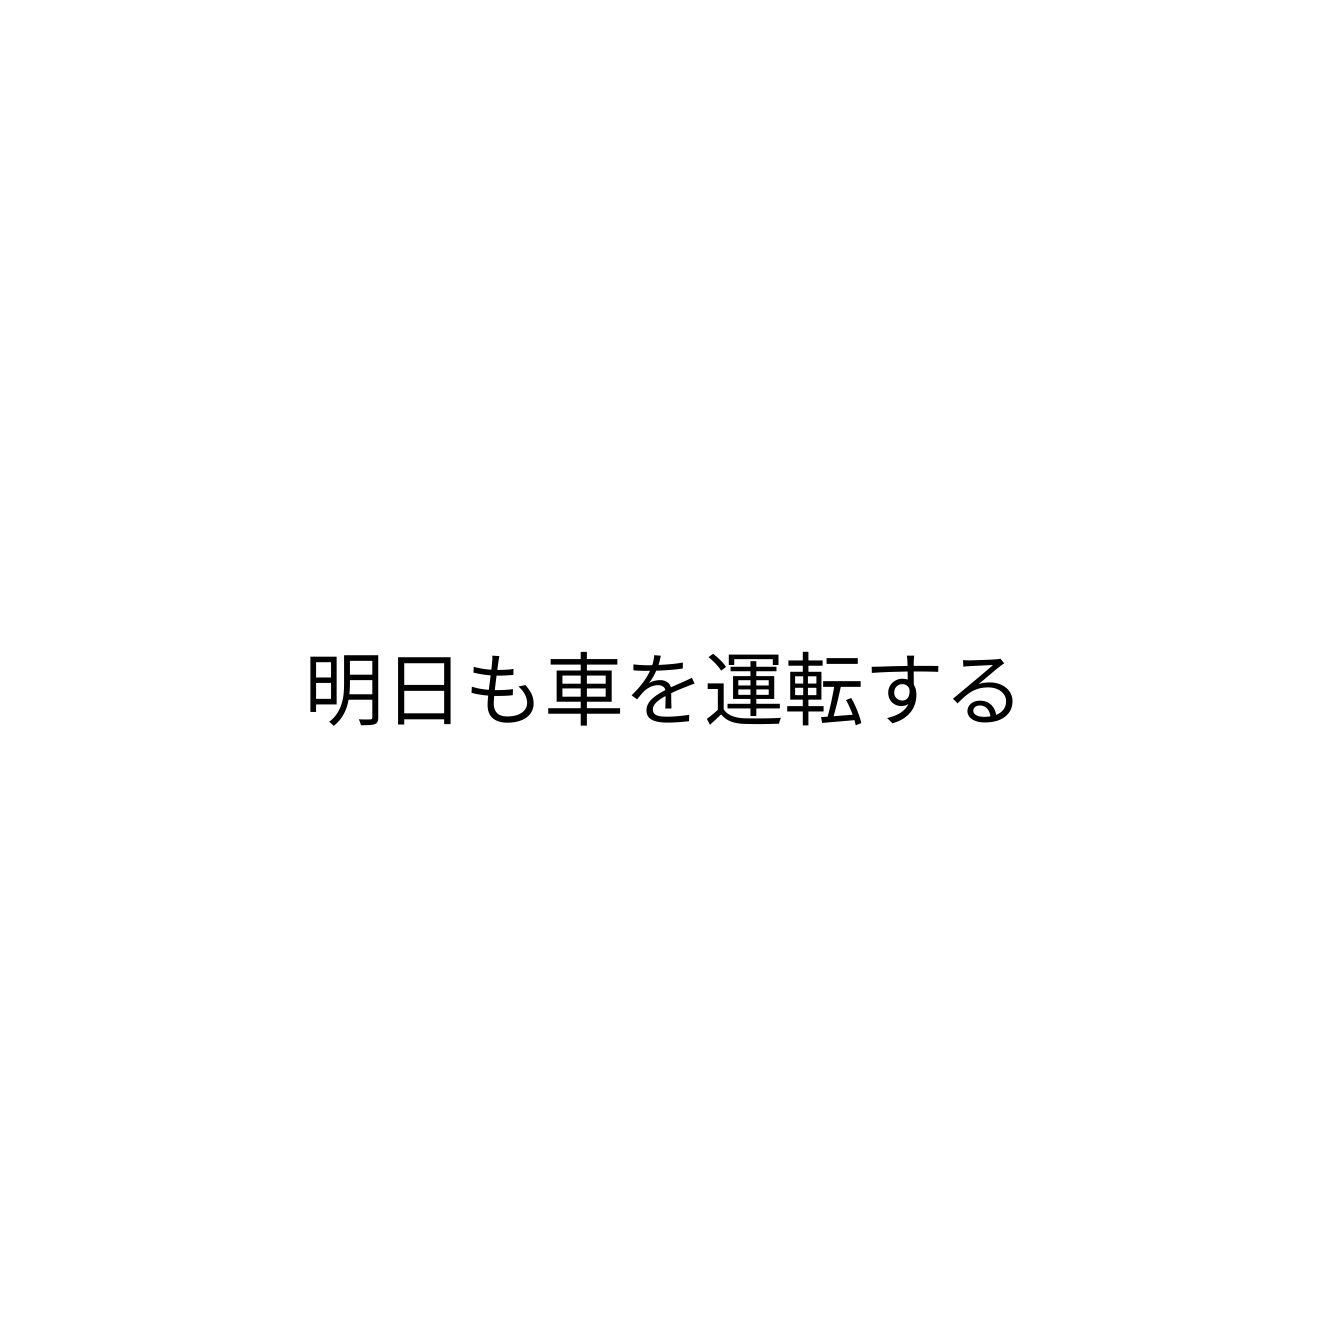
明日も車を運転する